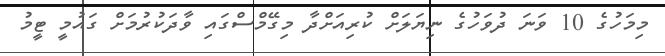
މިމަހުގެ 10 ވަނަ ދުވަހުގެ ނިޔަލަށް ކުރިއަށްދާ މިގޭމްސްގައި ވާދަކުރުމަށް ގައުމީ ޓީމު